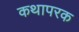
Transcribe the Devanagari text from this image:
कथापरक